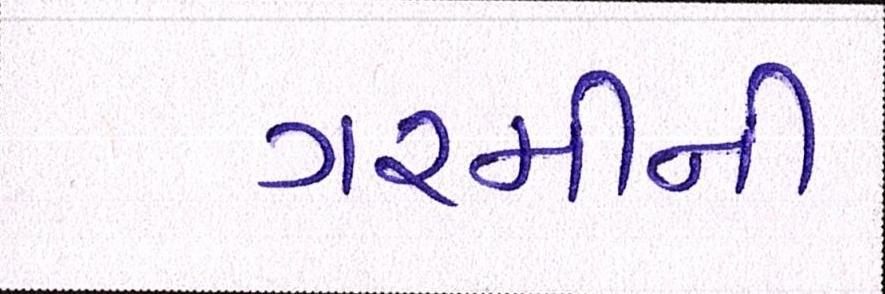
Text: ગરમીની